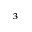
_ 3